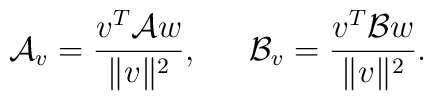
{\cal A}_v ={v^T {\cal A} w \over \| v \|^2}, \,\,\,\,\,\,\,\,\, {\cal B}_v ={ v^T {\cal B}w \over \| v \|^2}.